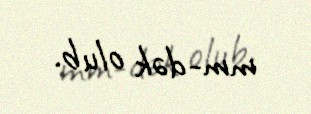
mm-dək olub.